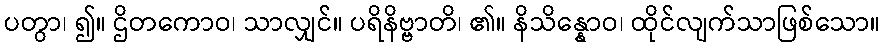
ပတွာ၊ ၍။ ဌိတကောဝ၊ သာလျှင်။ ပရိနိဗ္ဗာတိ၊ ၏။ နိသိန္နောဝ၊ ထိုင်လျက်သာဖြစ်သော။